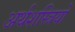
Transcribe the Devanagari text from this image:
अर्थशस्त्रियो